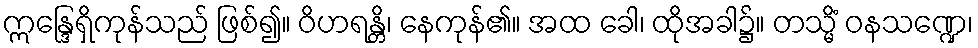
ဣန္ဒြေရှိကုန်သည် ဖြစ်၍။ ဝိဟရန္တိ၊ နေကုန်၏။ အထ ခေါ၊ ထိုအခါ၌။ တသ္မိံ ဝနသဏ္ဍေ၊